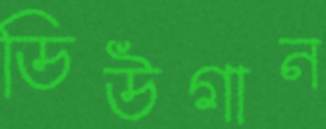
ডিউগান